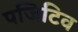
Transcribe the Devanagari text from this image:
पजिटिव